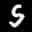
Label: 5